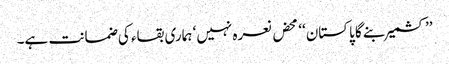
’’کشمیر بنے گا پاکستان‘‘ محض نعرہ نہیں‘ ہماری بقاء کی ضمانت ہے۔